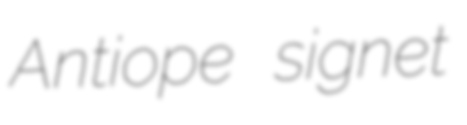
Antiope signet